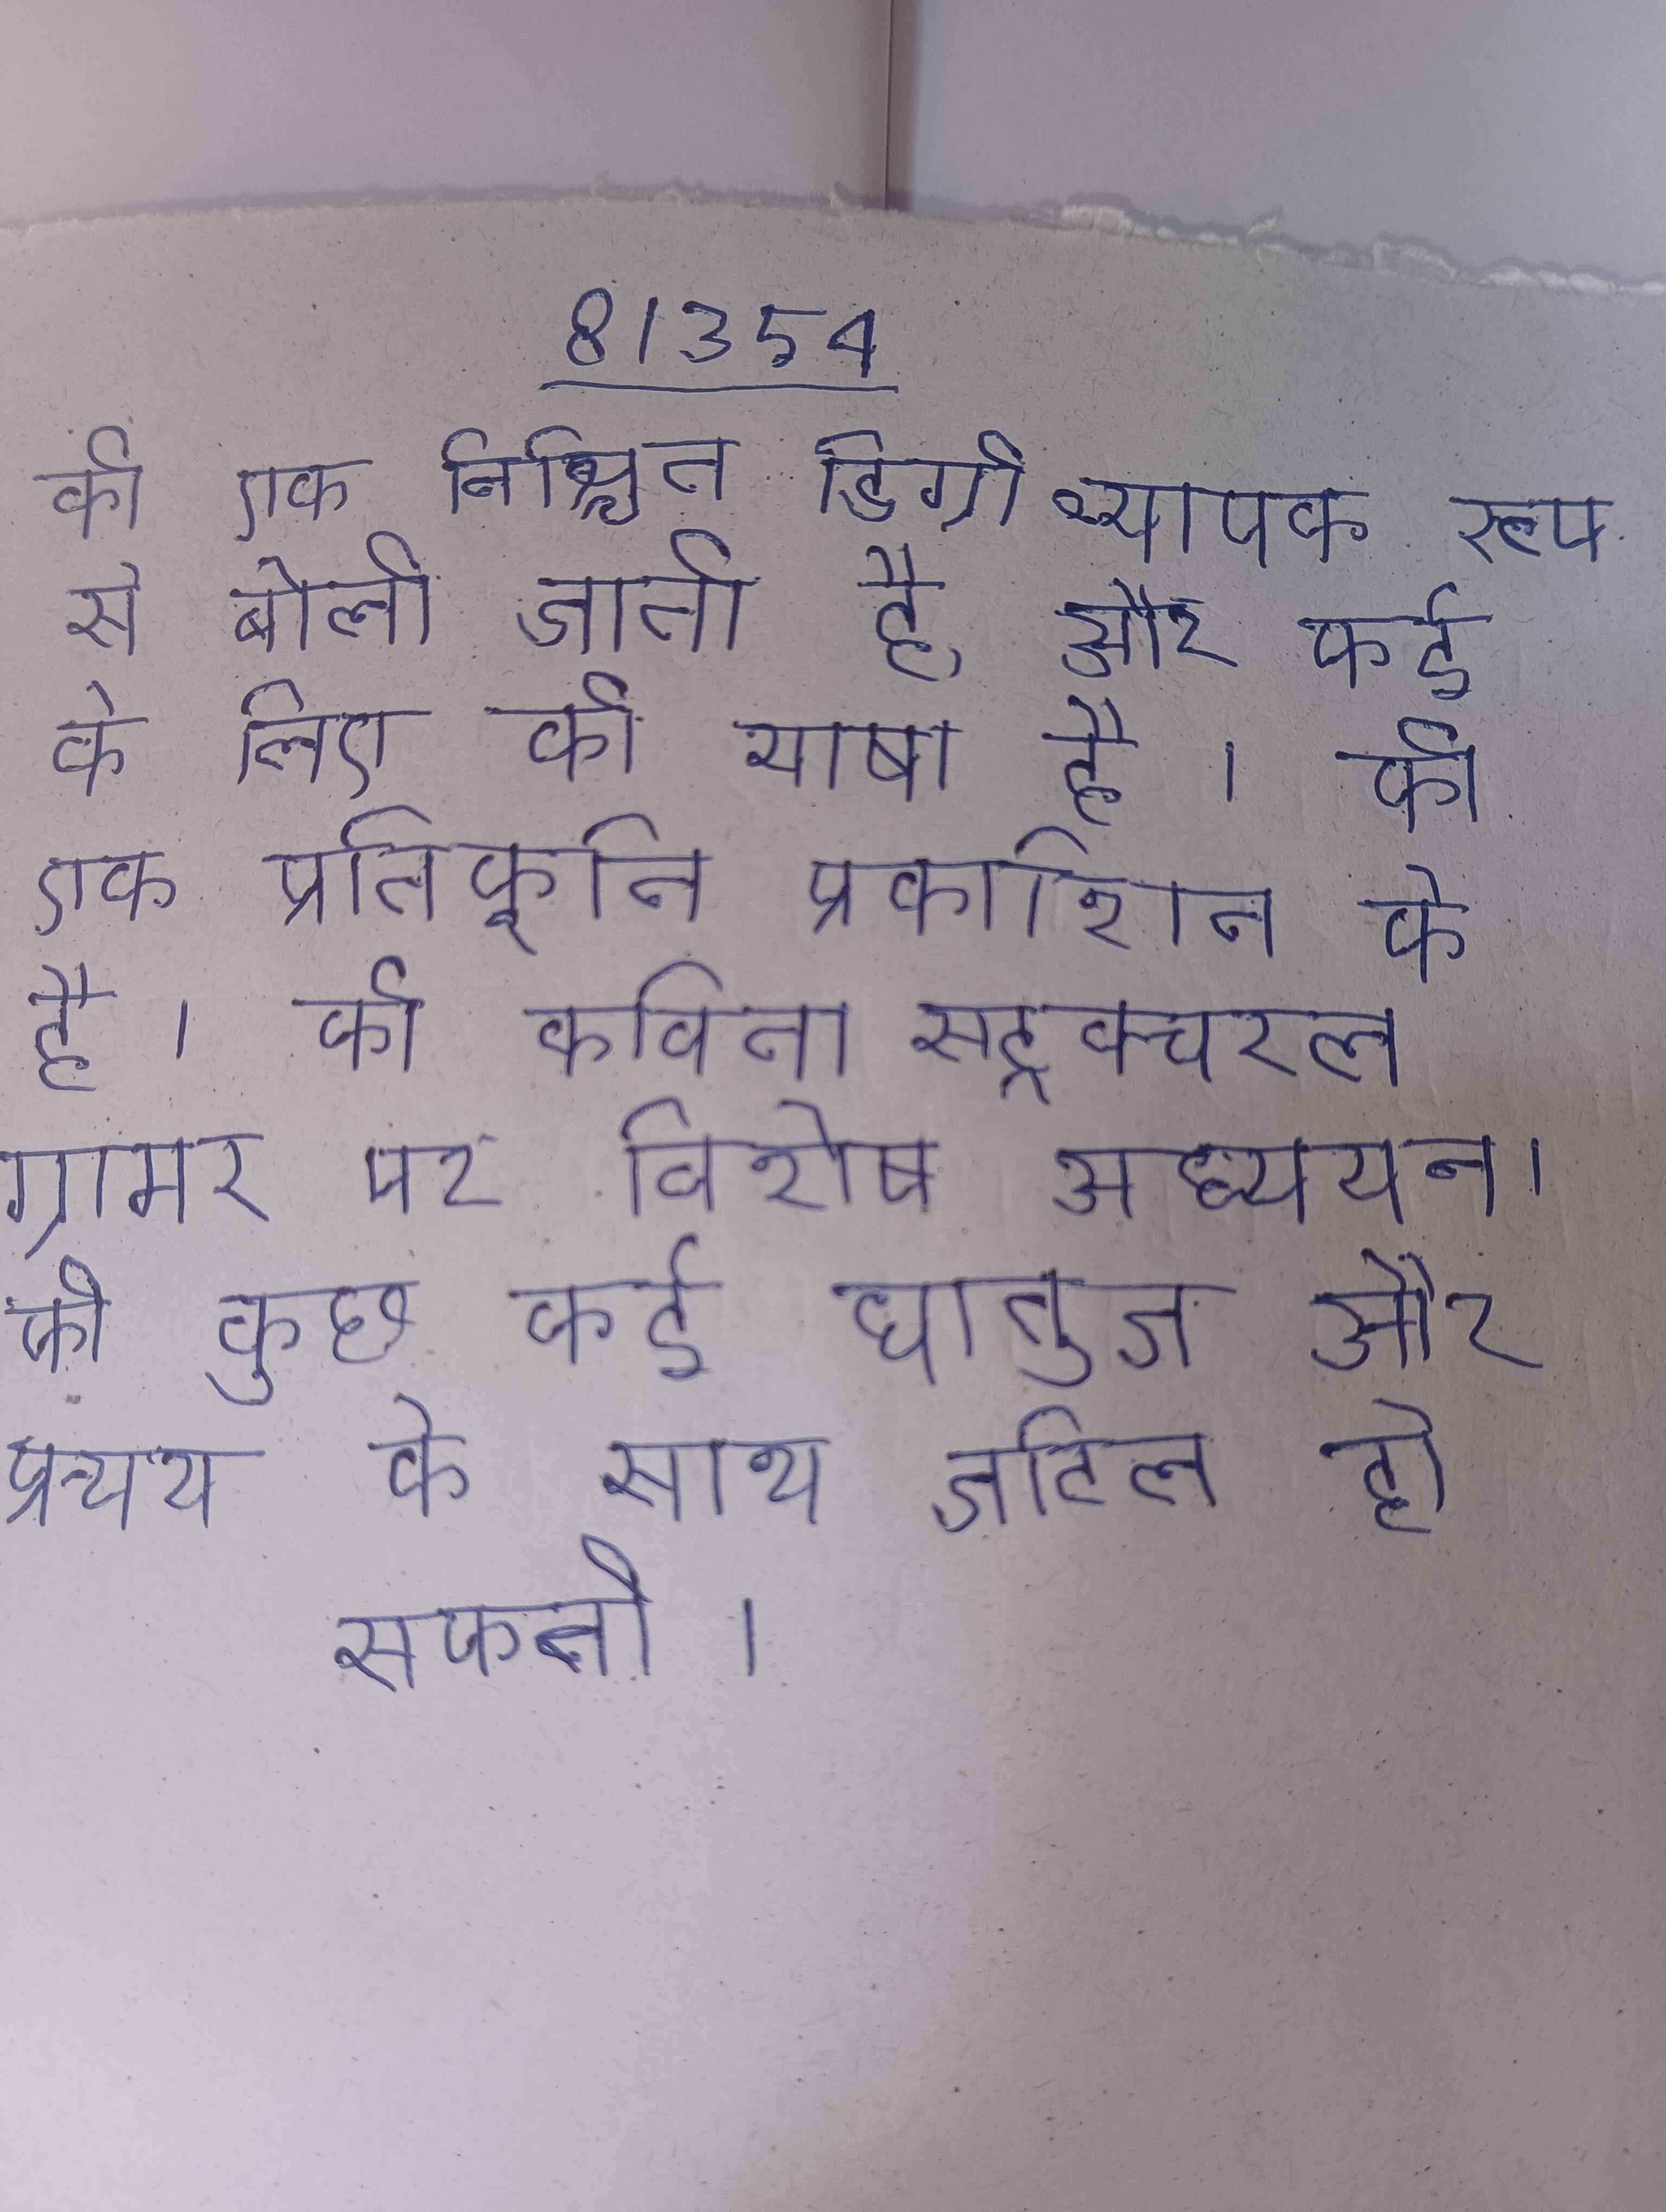
की एक निश्चित डिग्री व्यापक रूप से बोली जाती है, और कई के लिए की भाषा है । की एक प्रतिकृति प्रकाशित के है । की कविता स्ट्रक्चरल ग्रामर पर विशेष अध्ययन । की कुछ कई धातुज और प्रत्यय के साथ जटिल हो सकती ।